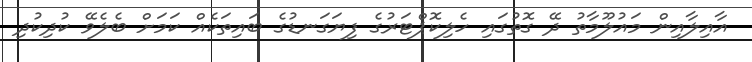
އާއިލާއިން މައުލޫމާތު ދޭ ގޮތުގައި ހެލިކޮޕްޓަރުގެ ފިޔަގަނޑުގެ ބައިތަކެއް ކަމަށް ބެލެވޭ ކުދިކުދި